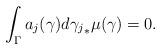
LaTeX: \begin{align*}\int_{\Gamma} a_j(\gamma) d{\gamma_j}_*\mu(\gamma) = 0. \end{align*}